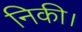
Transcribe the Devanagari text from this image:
निकी।